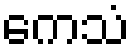
ကေသံ